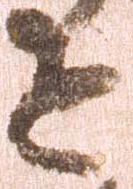
達